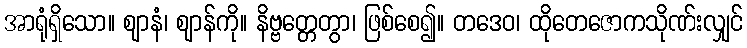
အာရုံရှိသော။ ဈာနံ၊ ဈာန်ကို။ နိဗ္ဗတ္တေတွာ၊ ဖြစ်စေ၍။ တဒေဝ၊ ထိုတေဇောကသိုဏ်းလျှင်